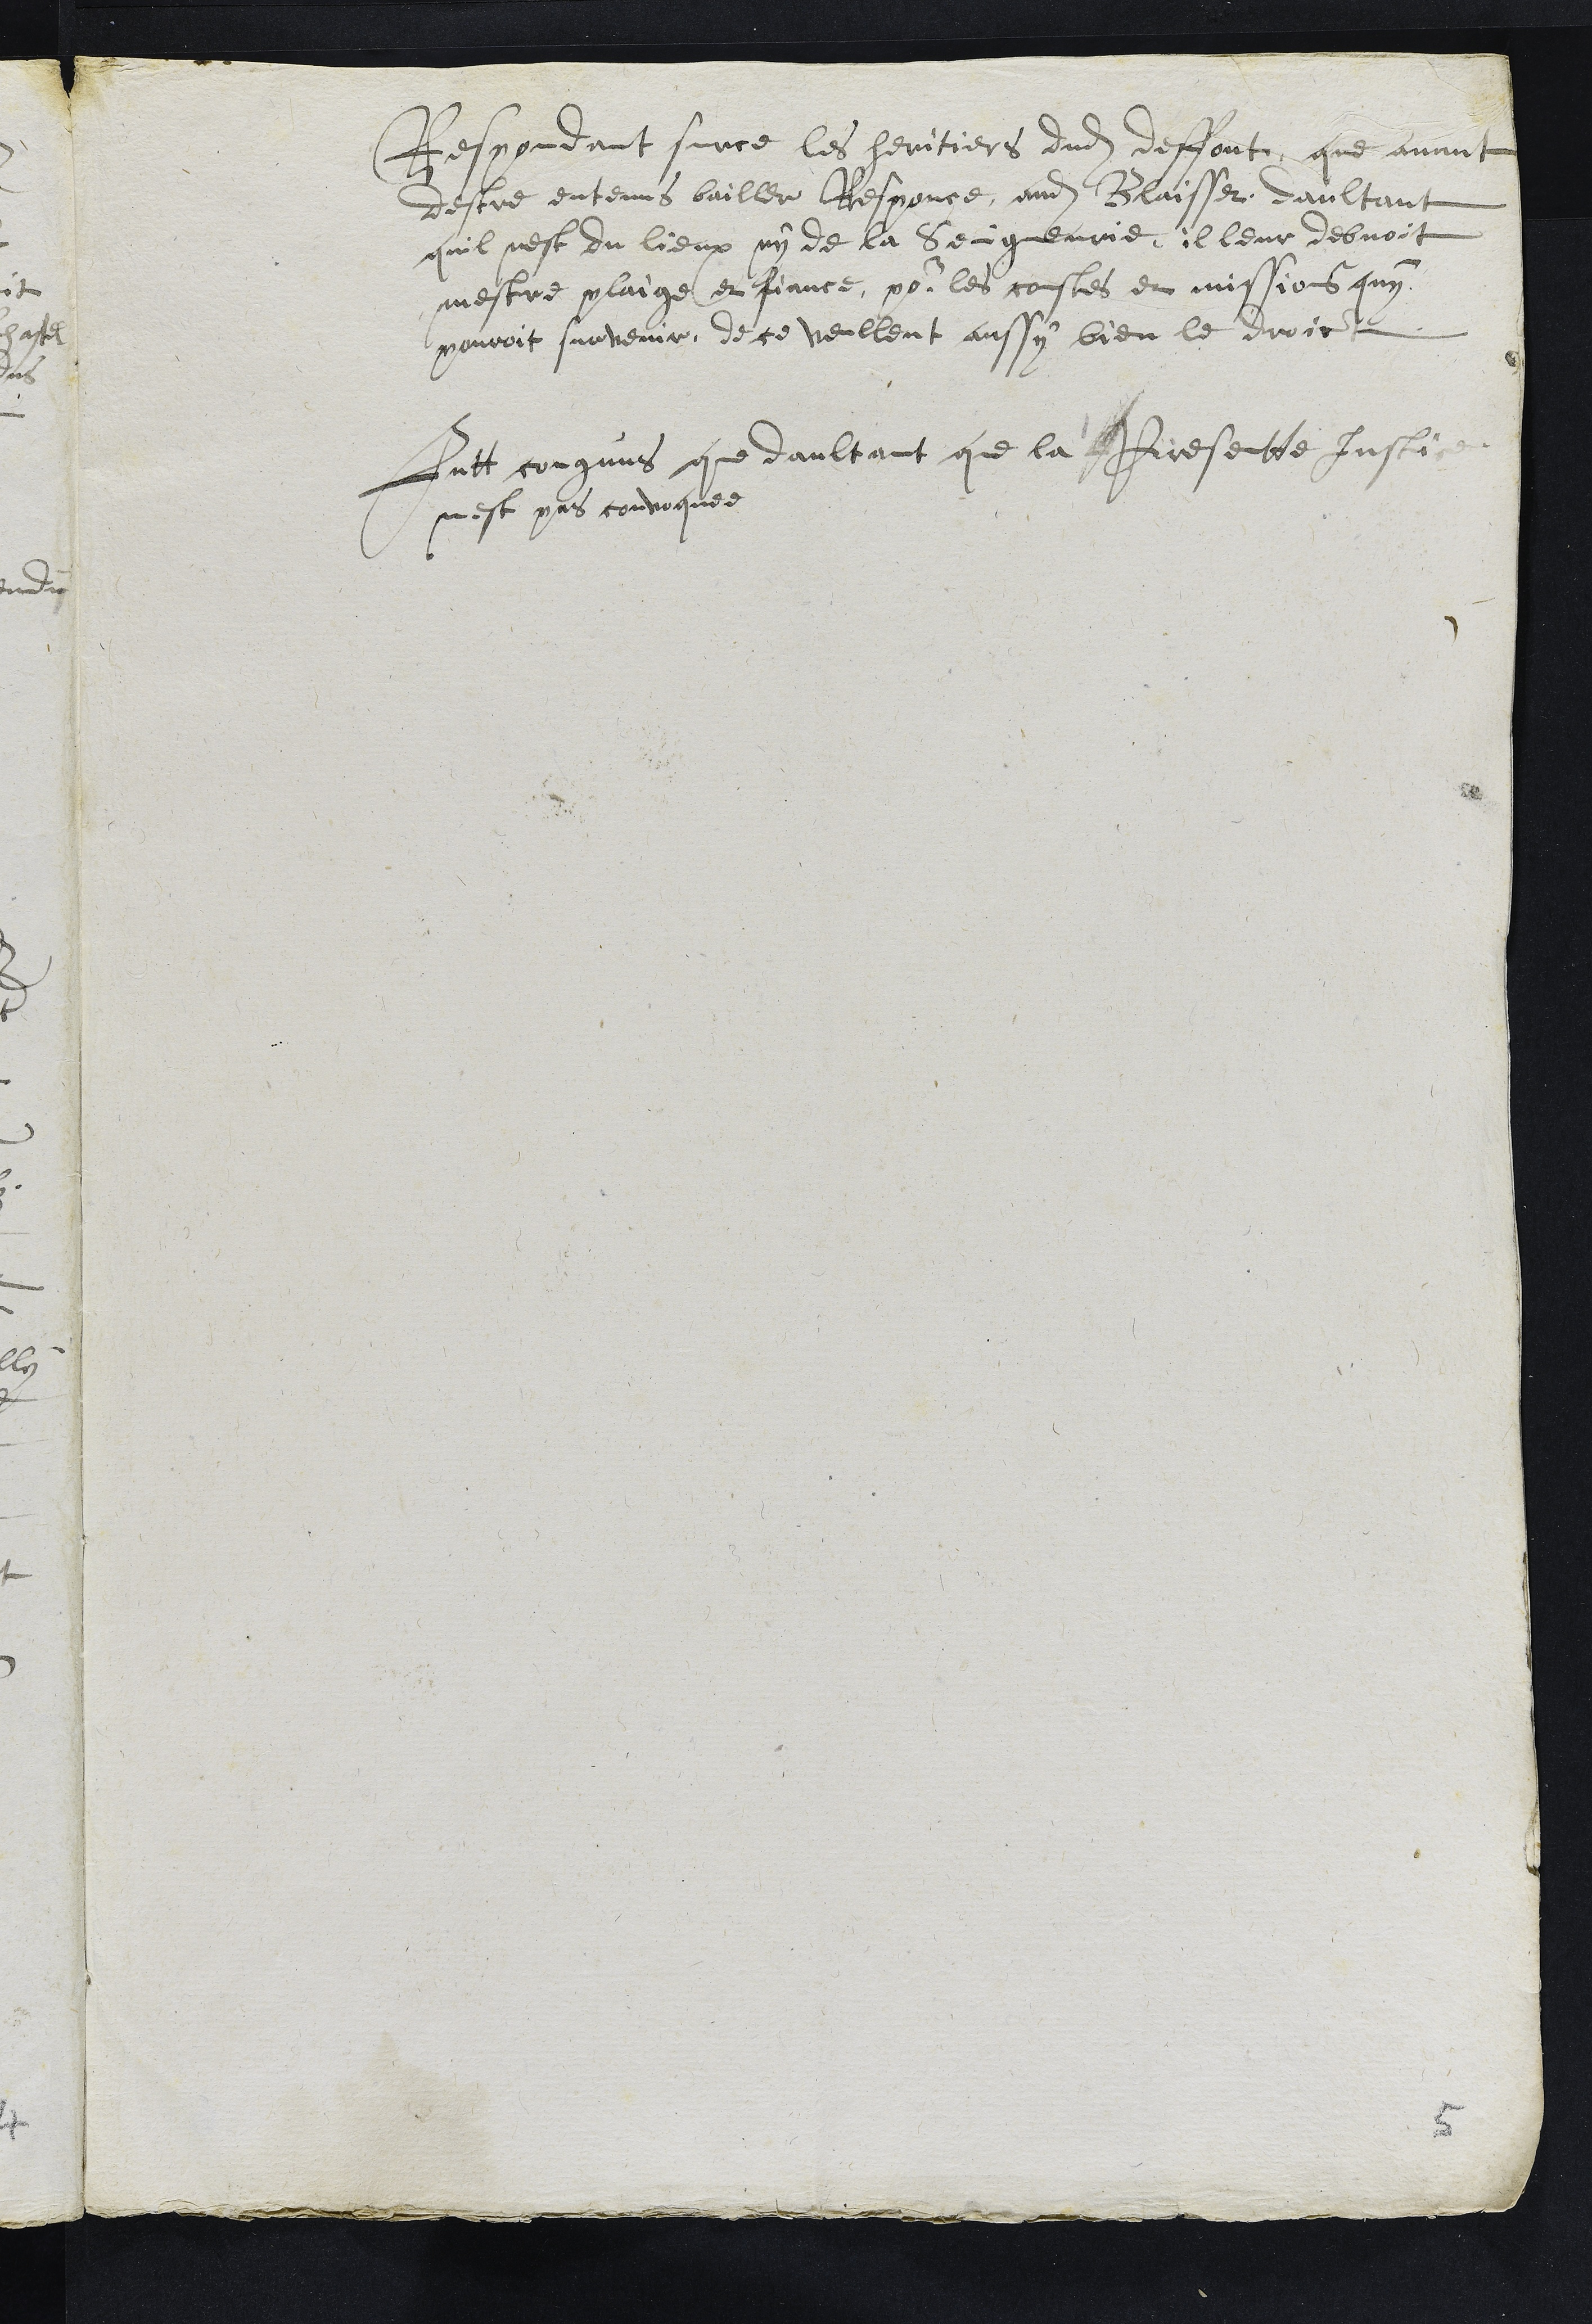
Respondant surce les heritiers dudit deffont que avant
destre entenus bailler Responce audit Blaisset daultant
quil nest du lieux ny de la Seigneurie, il leur debvoit
mestre plaige et fiance pour les coustes et missions quy
pouroit survenir, de ce veullent aussy bien le droit
Futt congnus que daultant que la Presentte Justice
nest pas convoquee
5